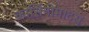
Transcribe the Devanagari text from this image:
कार्सिनोमाटस